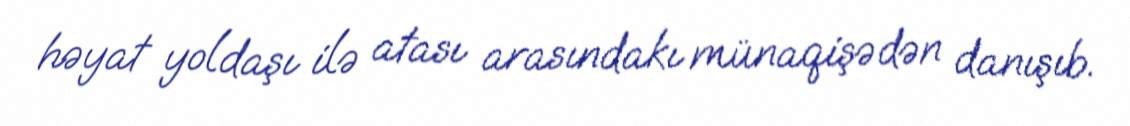
həyat yoldaşı ilə atası arasındakı münaqişədən danışıb.